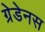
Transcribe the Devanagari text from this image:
ग्रेडेनस